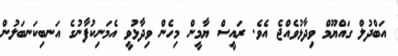
އަބްދުލް ގައްޔޫމް ވިދާޅުވެއްޖެ އެވެ. ރައީސް ޔާމީން މިހެން ވިދާޅުވީ އެމަނިކުފާނުގެ އަނބިކަނބަލުން